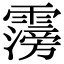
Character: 霶